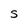
Character: S